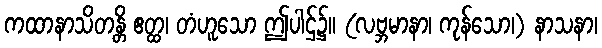
ကထာနာသိတန္တိ ဧတ္ထ၊ တံဟူသော ဤပါဌ်၌။ (လဗ္ဘမာနာ၊ ကုန်သော၊) နာသနာ၊